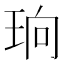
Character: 珦